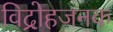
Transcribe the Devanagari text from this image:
विद्रोहजनक